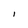
Character: I